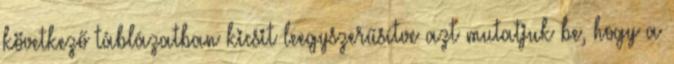
következő táblázatban kicsit leegyszerűsítve azt mutatjuk be, hogy a